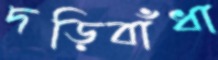
দড়িবাঁধা